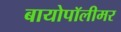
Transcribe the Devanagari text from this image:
बायोपॉलीमर